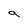
Character: g